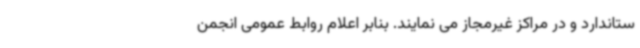
ستاندارد و در مراکز غیرمجاز می نمایند. بنابر اعلام روابط عمومی انجمن